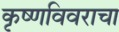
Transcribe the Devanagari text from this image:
कृष्णविवराचा